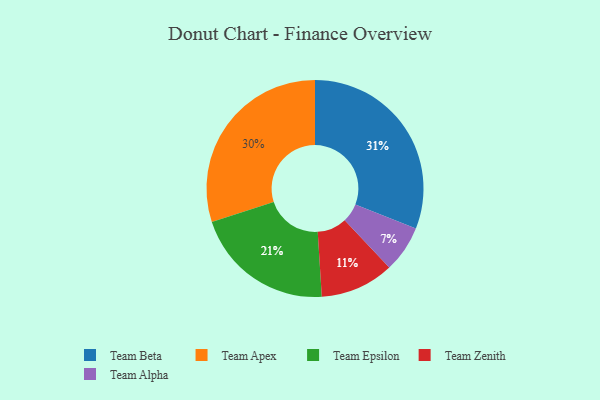
{"axis": {"x": "Category", "y": "Percentage"}, "legend": ["Team Alpha", "Team Apex", "Team Beta", "Team Epsilon", "Team Zenith"], "data": [{"x": "Team Zenith", "y": 11, "type": "Team Zenith"}, {"x": "Team Apex", "y": 30, "type": "Team Apex"}, {"x": "Team Alpha", "y": 7, "type": "Team Alpha"}, {"x": "Team Beta", "y": 31, "type": "Team Beta"}, {"x": "Team Epsilon", "y": 21, "type": "Team Epsilon"}]}